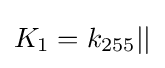
K_{1}=k_{255}||